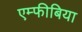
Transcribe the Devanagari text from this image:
एम्फीबिया